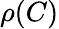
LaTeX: \rho(C)